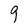
Character: g